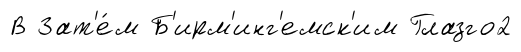
В Зат'е́м Б'ирм'инг'емск'им Глазго2